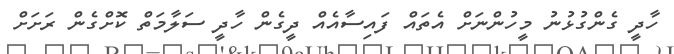
ހާދީ ގެންގުޅުނު މީހުންނަށް އެތައް ފައިސާއެއް ދީގެން ހާދީ ސަލާމަތް ކޮށްގެން ރަށަށް